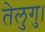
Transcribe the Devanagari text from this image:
तेलुगु।